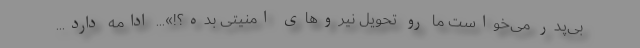
بی‌پدر می‌خواست ما رو تحویل نیروهای امنیتی بده؟!»... ادامه دارد...